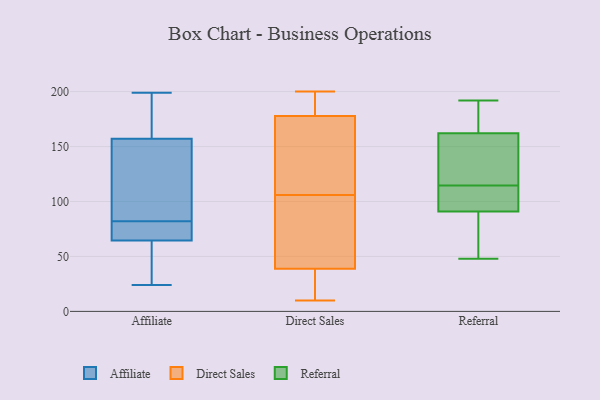
{"axis": {"x": "Energy Usage (MWh)", "y": "Value"}, "legend": ["Affiliate", "Direct Sales", "Referral"], "data": [{"x": "", "y": 193, "type": "Affiliate"}, {"x": "", "y": 24, "type": "Affiliate"}, {"x": "", "y": 188, "type": "Affiliate"}, {"x": "", "y": 199, "type": "Affiliate"}, {"x": "", "y": 69, "type": "Affiliate"}, {"x": "", "y": 84, "type": "Affiliate"}, {"x": "", "y": 72, "type": "Affiliate"}, {"x": "", "y": 60, "type": "Affiliate"}, {"x": "", "y": 47, "type": "Affiliate"}, {"x": "", "y": 126, "type": "Affiliate"}, {"x": "", "y": 80, "type": "Affiliate"}, {"x": "", "y": 97, "type": "Affiliate"}, {"x": "", "y": 200, "type": "Direct Sales"}, {"x": "", "y": 71, "type": "Direct Sales"}, {"x": "", "y": 124, "type": "Direct Sales"}, {"x": "", "y": 106, "type": "Direct Sales"}, {"x": "", "y": 47, "type": "Direct Sales"}, {"x": "", "y": 10, "type": "Direct Sales"}, {"x": "", "y": 36, "type": "Direct Sales"}, {"x": "", "y": 182, "type": "Direct Sales"}, {"x": "", "y": 182, "type": "Direct Sales"}, {"x": "", "y": 165, "type": "Direct Sales"}, {"x": "", "y": 23, "type": "Direct Sales"}, {"x": "", "y": 166, "type": "Referral"}, {"x": "", "y": 84, "type": "Referral"}, {"x": "", "y": 73, "type": "Referral"}, {"x": "", "y": 105, "type": "Referral"}, {"x": "", "y": 118, "type": "Referral"}, {"x": "", "y": 155, "type": "Referral"}, {"x": "", "y": 112, "type": "Referral"}, {"x": "", "y": 94, "type": "Referral"}, {"x": "", "y": 192, "type": "Referral"}, {"x": "", "y": 91, "type": "Referral"}, {"x": "", "y": 183, "type": "Referral"}, {"x": "", "y": 85, "type": "Referral"}, {"x": "", "y": 109, "type": "Referral"}, {"x": "", "y": 162, "type": "Referral"}, {"x": "", "y": 142, "type": "Referral"}, {"x": "", "y": 184, "type": "Referral"}, {"x": "", "y": 48, "type": "Referral"}, {"x": "", "y": 117, "type": "Referral"}]}